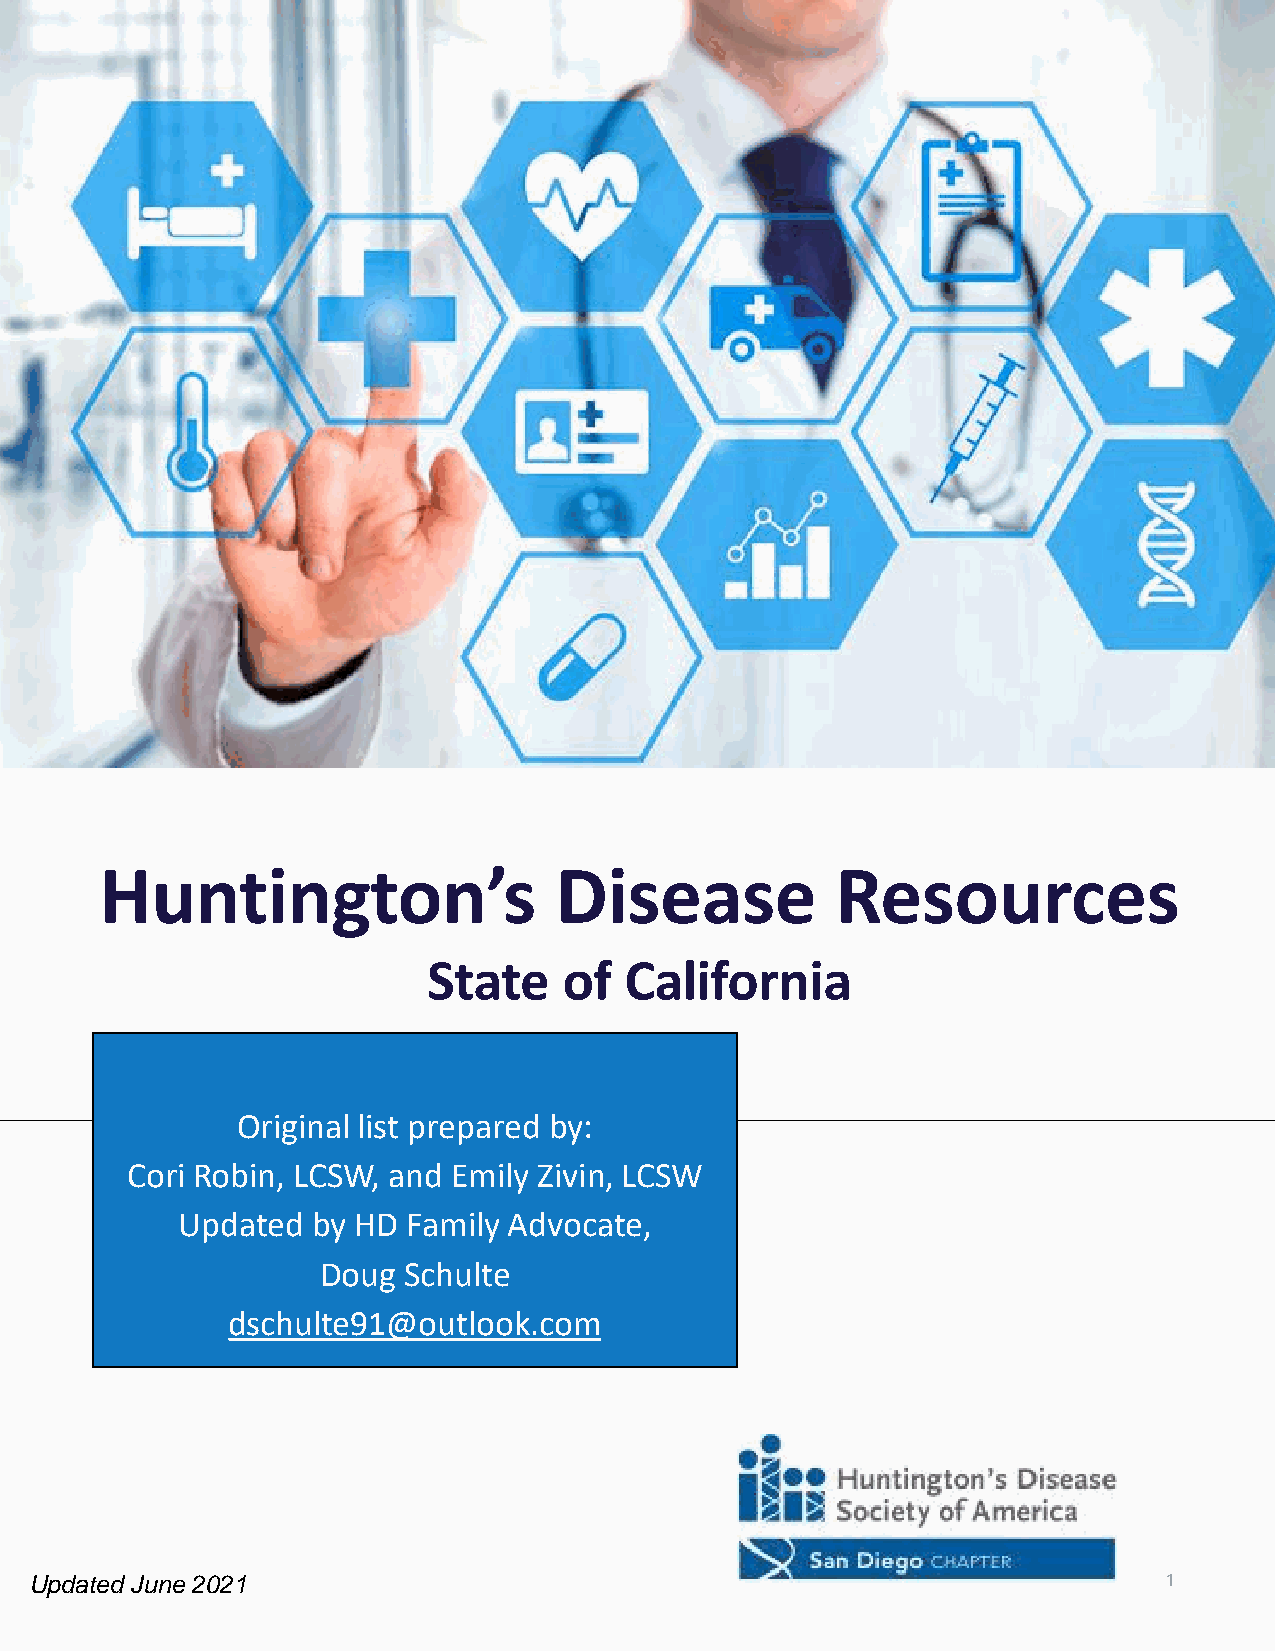
Huntington’s                  Disease           Resources
 State    of  California
 Original list prepared by:
 Cori Robin, LCSW, and Emily Zivin, LCSW
 Updated  by HD Family Advocate,
 Doug  Schulte
 dschulte91@outlook.com
 Updated June2021                                                           1